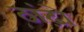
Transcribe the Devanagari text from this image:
ठांढ़ो